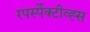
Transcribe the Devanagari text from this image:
रपर्स्पेक्टीव्ह्स